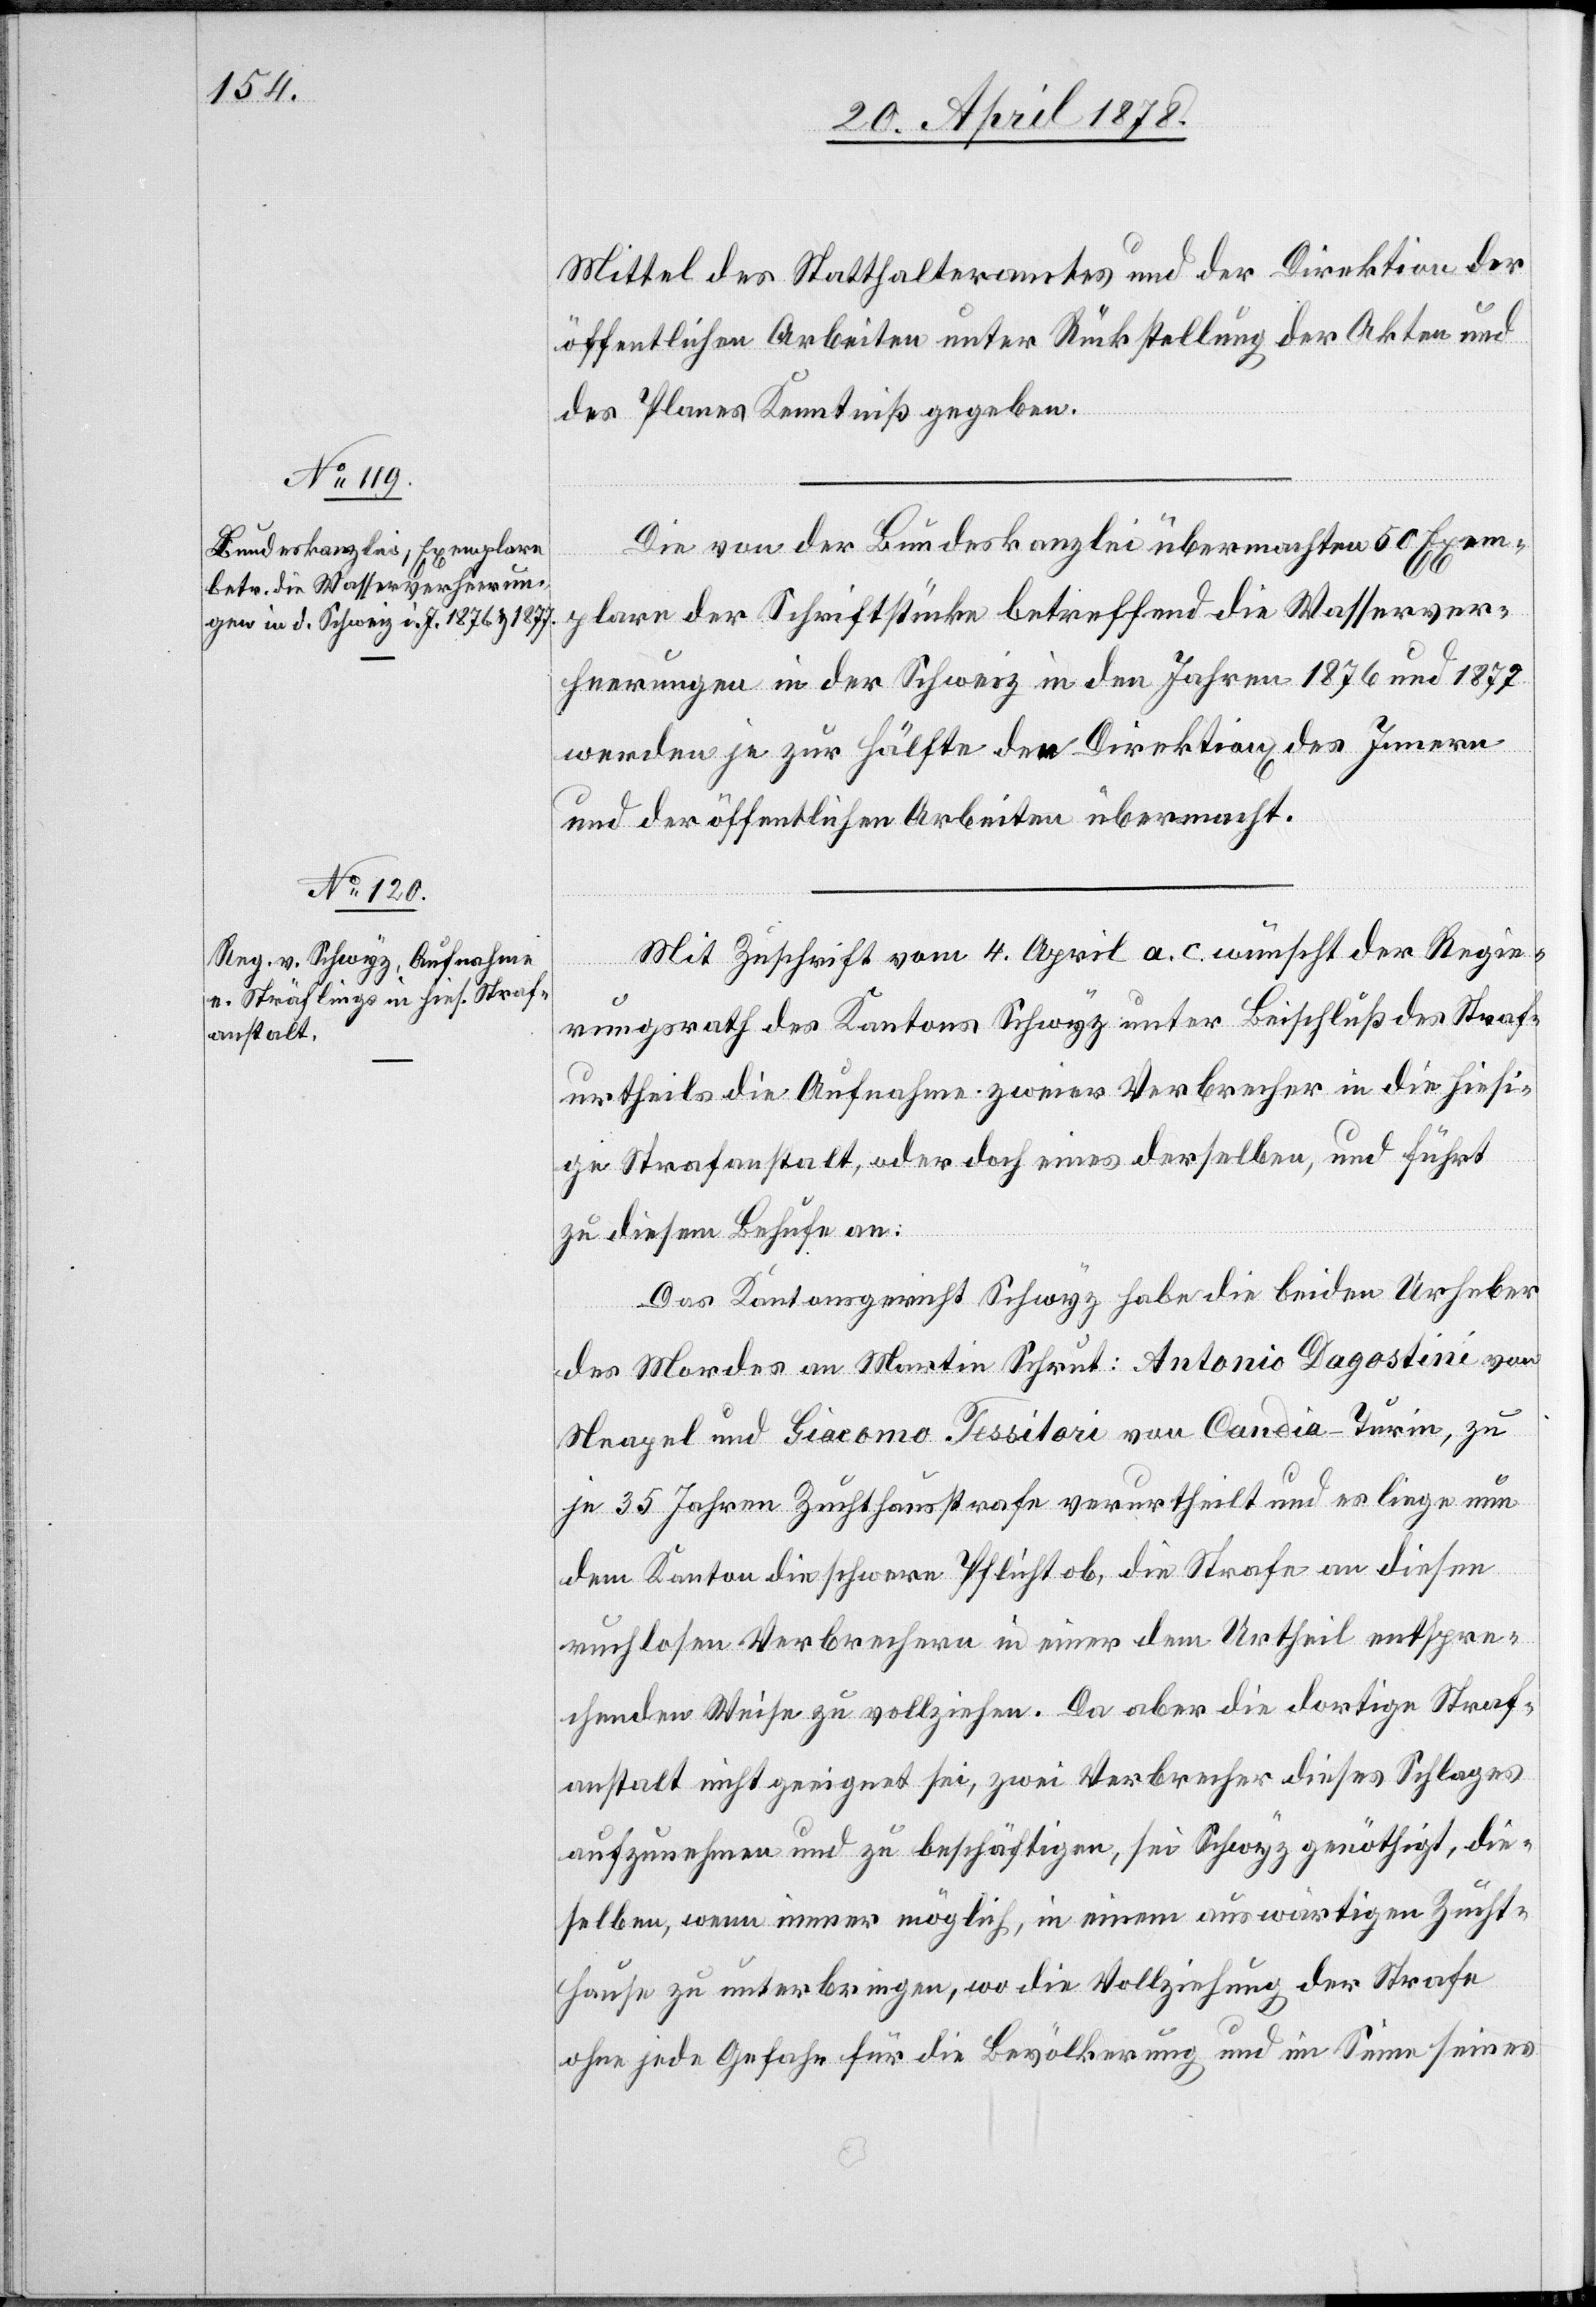
Mittel des Statthalteramtes und der Direktion der
öffentlichen Arbeiten unter Rückstellung der Akten und
des Planes Kenntniß gegeben.
Die von der Bundeskanzlei übermachten 50 Exem¬
plare der Schriftstücke betreffend die Wasserver¬
heerungen in der Schweiz in den Jahren 1876 und 1877
werden je zur Hälfte den Direktion[en] des Innern
und der öffentlichen Arbeiten übermacht.
Mit Zuschrift vom 4. April a. c. wünscht der Regie¬
rungsrath des Kantons Schwyz unter Beschluß des Straf¬
urtheils die Aufnahme zweier Verbrecher in die hiesi¬
ge Strafanstalt, oder doch eines derselben, und führt
zu diesem Behufe an:
Das Kantonsgericht Schwyz habe die beiden Urheber
des Mordes an Martin Schrut: Antonio Dagostini von
Neapel und Giacomo Fessitori von Candia - Turin, zu
je 35 Jahren Zuchthausstrafe verurtheilt und es liege nun
dem Kanton die schwere Pflicht ob, die Strafe an diesen
ruchlosen Verbrechern in einer dem Urtheil entspre¬
chenden Weise zu vollziehen. Da aber die dortige Straf¬
anstalt nicht geeignet sei, zwei Verbrecher dieses Schlages
aufzunehmen und zu beschäftigen, sei Schwyz genöthigt, die¬
selben, wenn immer möglich, in einem auswärtigen Zucht¬
hause zu unterbringen, wo die Vollziehung der Strafe
ohne jede Gefahr für die Bevölkerung und im Sinne seines